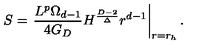
S = \left. { \frac { L ^ { p } \Omega _ { d - 1 } } { 4 G _ { D } } } H ^ { \frac { D - 2 } { \Delta } } r ^ { d - 1 } \right| _ { r = r _ { h } } .